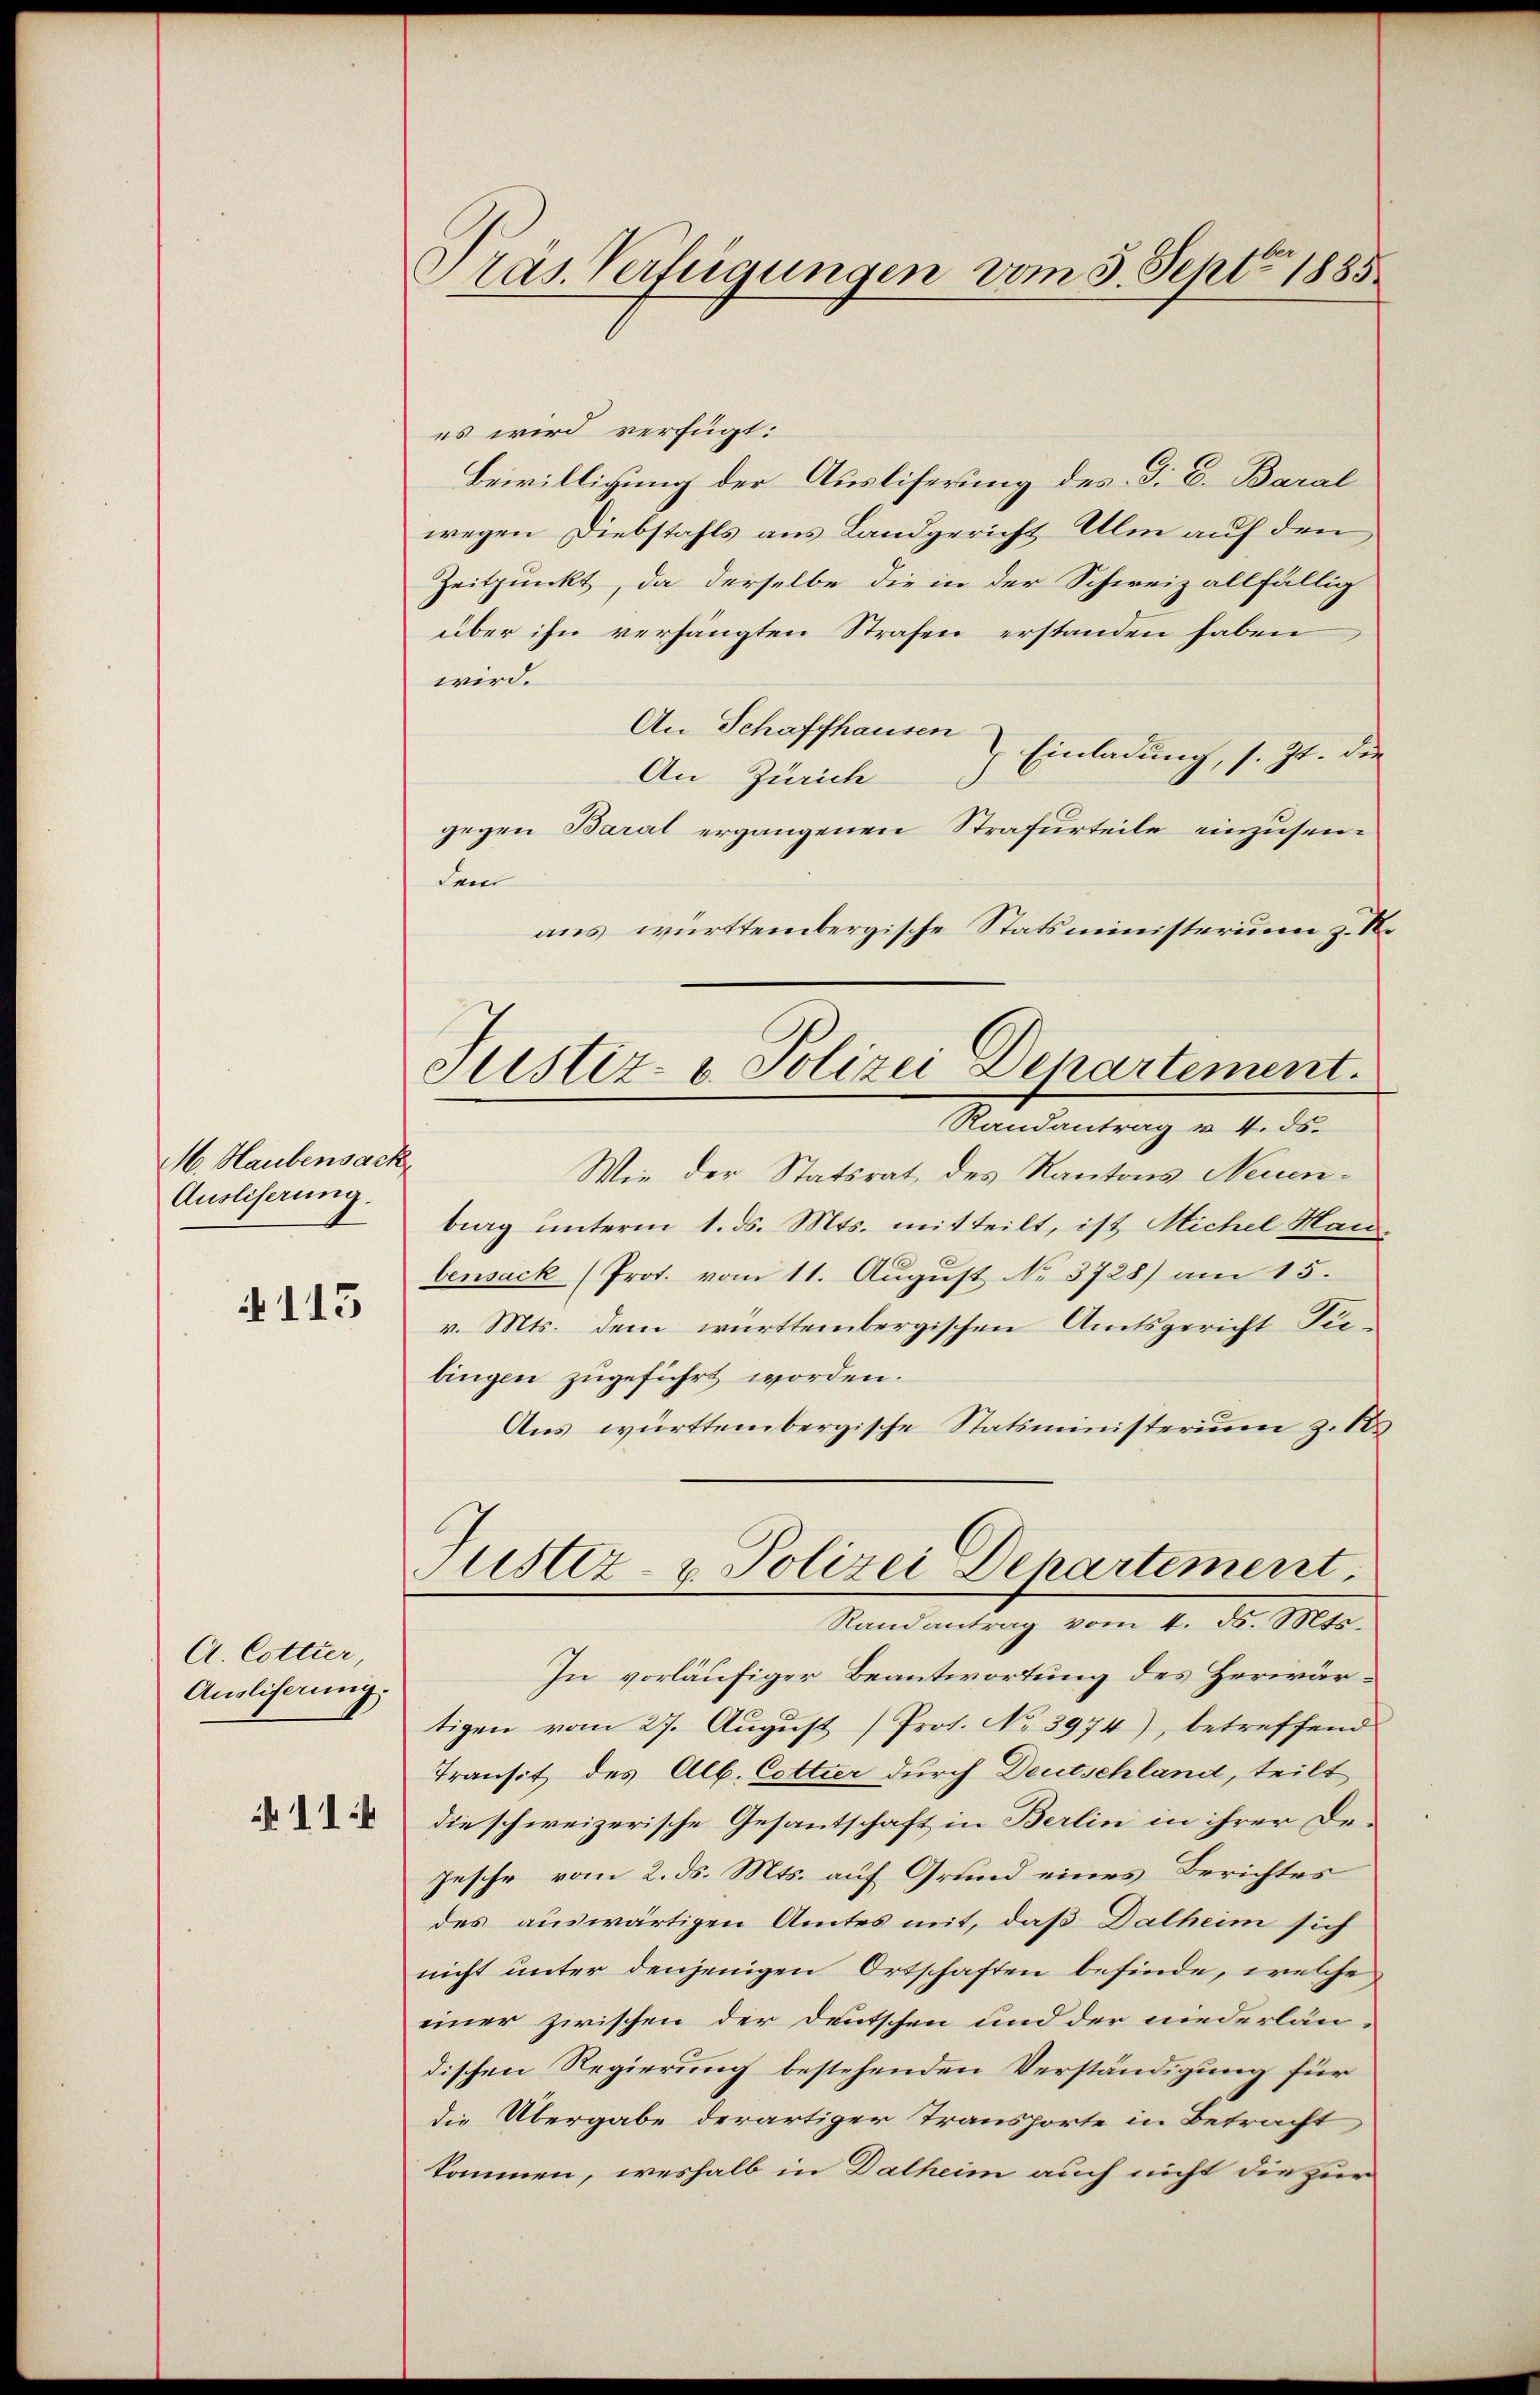
M. Haubensack,
Ausliserung.

115

A. Cottter
Ausliserung.
 I. I

Präs. Verfügungen vom 3. Sept. 1885

es wird verfügt:
Bewilligung der Ausliferung des G. B. Baral
wegen Diebstahls aus Landgericht Ulm auf den
Zeitpunkt, da derselbe die in der Schweiz allfällig
über ihn verhängten Strafen erstanden haben
wird.
An Schaffhausen
Einladung, s. Zt. die
An Zürich
gegen Barat ergangenen Strafurteile einzusendem
aus württembergische Statsministerium z. S.
Randantrag v. 4. ds.
Wie der Statsrat des Kantons Neuenberg unterm 1. ds. Mts. mitteilt, ist Michel Man-
bensack (Prot. vom 11. August No. 3728) am 15.
v. Mts. dem württembergischen Amtsgericht Tiebingen zugeführt worden.
Aus württembergische Statsministerium z. 18
Justiz- & Polizei Departement.
Randantrag vom 4. d. Mts.
In vorläufiger Beantwortung des Herwärtigen vom 27. August (Prot. No 3974), betreffend
Transit des Alb. Cottier durch Deutschland, teilt
die schweizerische Gesantschaft in Berlin in ihrer De-
Jesche vom 2. ds. Mts. auf Grund eines Berichtes
des auswärtigen Amtes mit, daß Dalheim sich
nicht unter denjenigen Ortschaften befinde, welche
einer zwischen der Deutschen und der niederlän-
dischen Regierung bestehenden Verständigung für
die Übergabe derartiger Transporte in Betracht
kommen, weshalb in Dalheim auch nicht die zur

Justiz- & Polizei Departement.